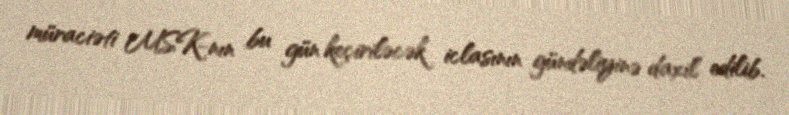
müraciəti MSK-nın bu gün keçiriləcək iclasının gündəliyinə daxil edilib.